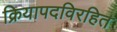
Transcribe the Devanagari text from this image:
क्रियापदविरहित